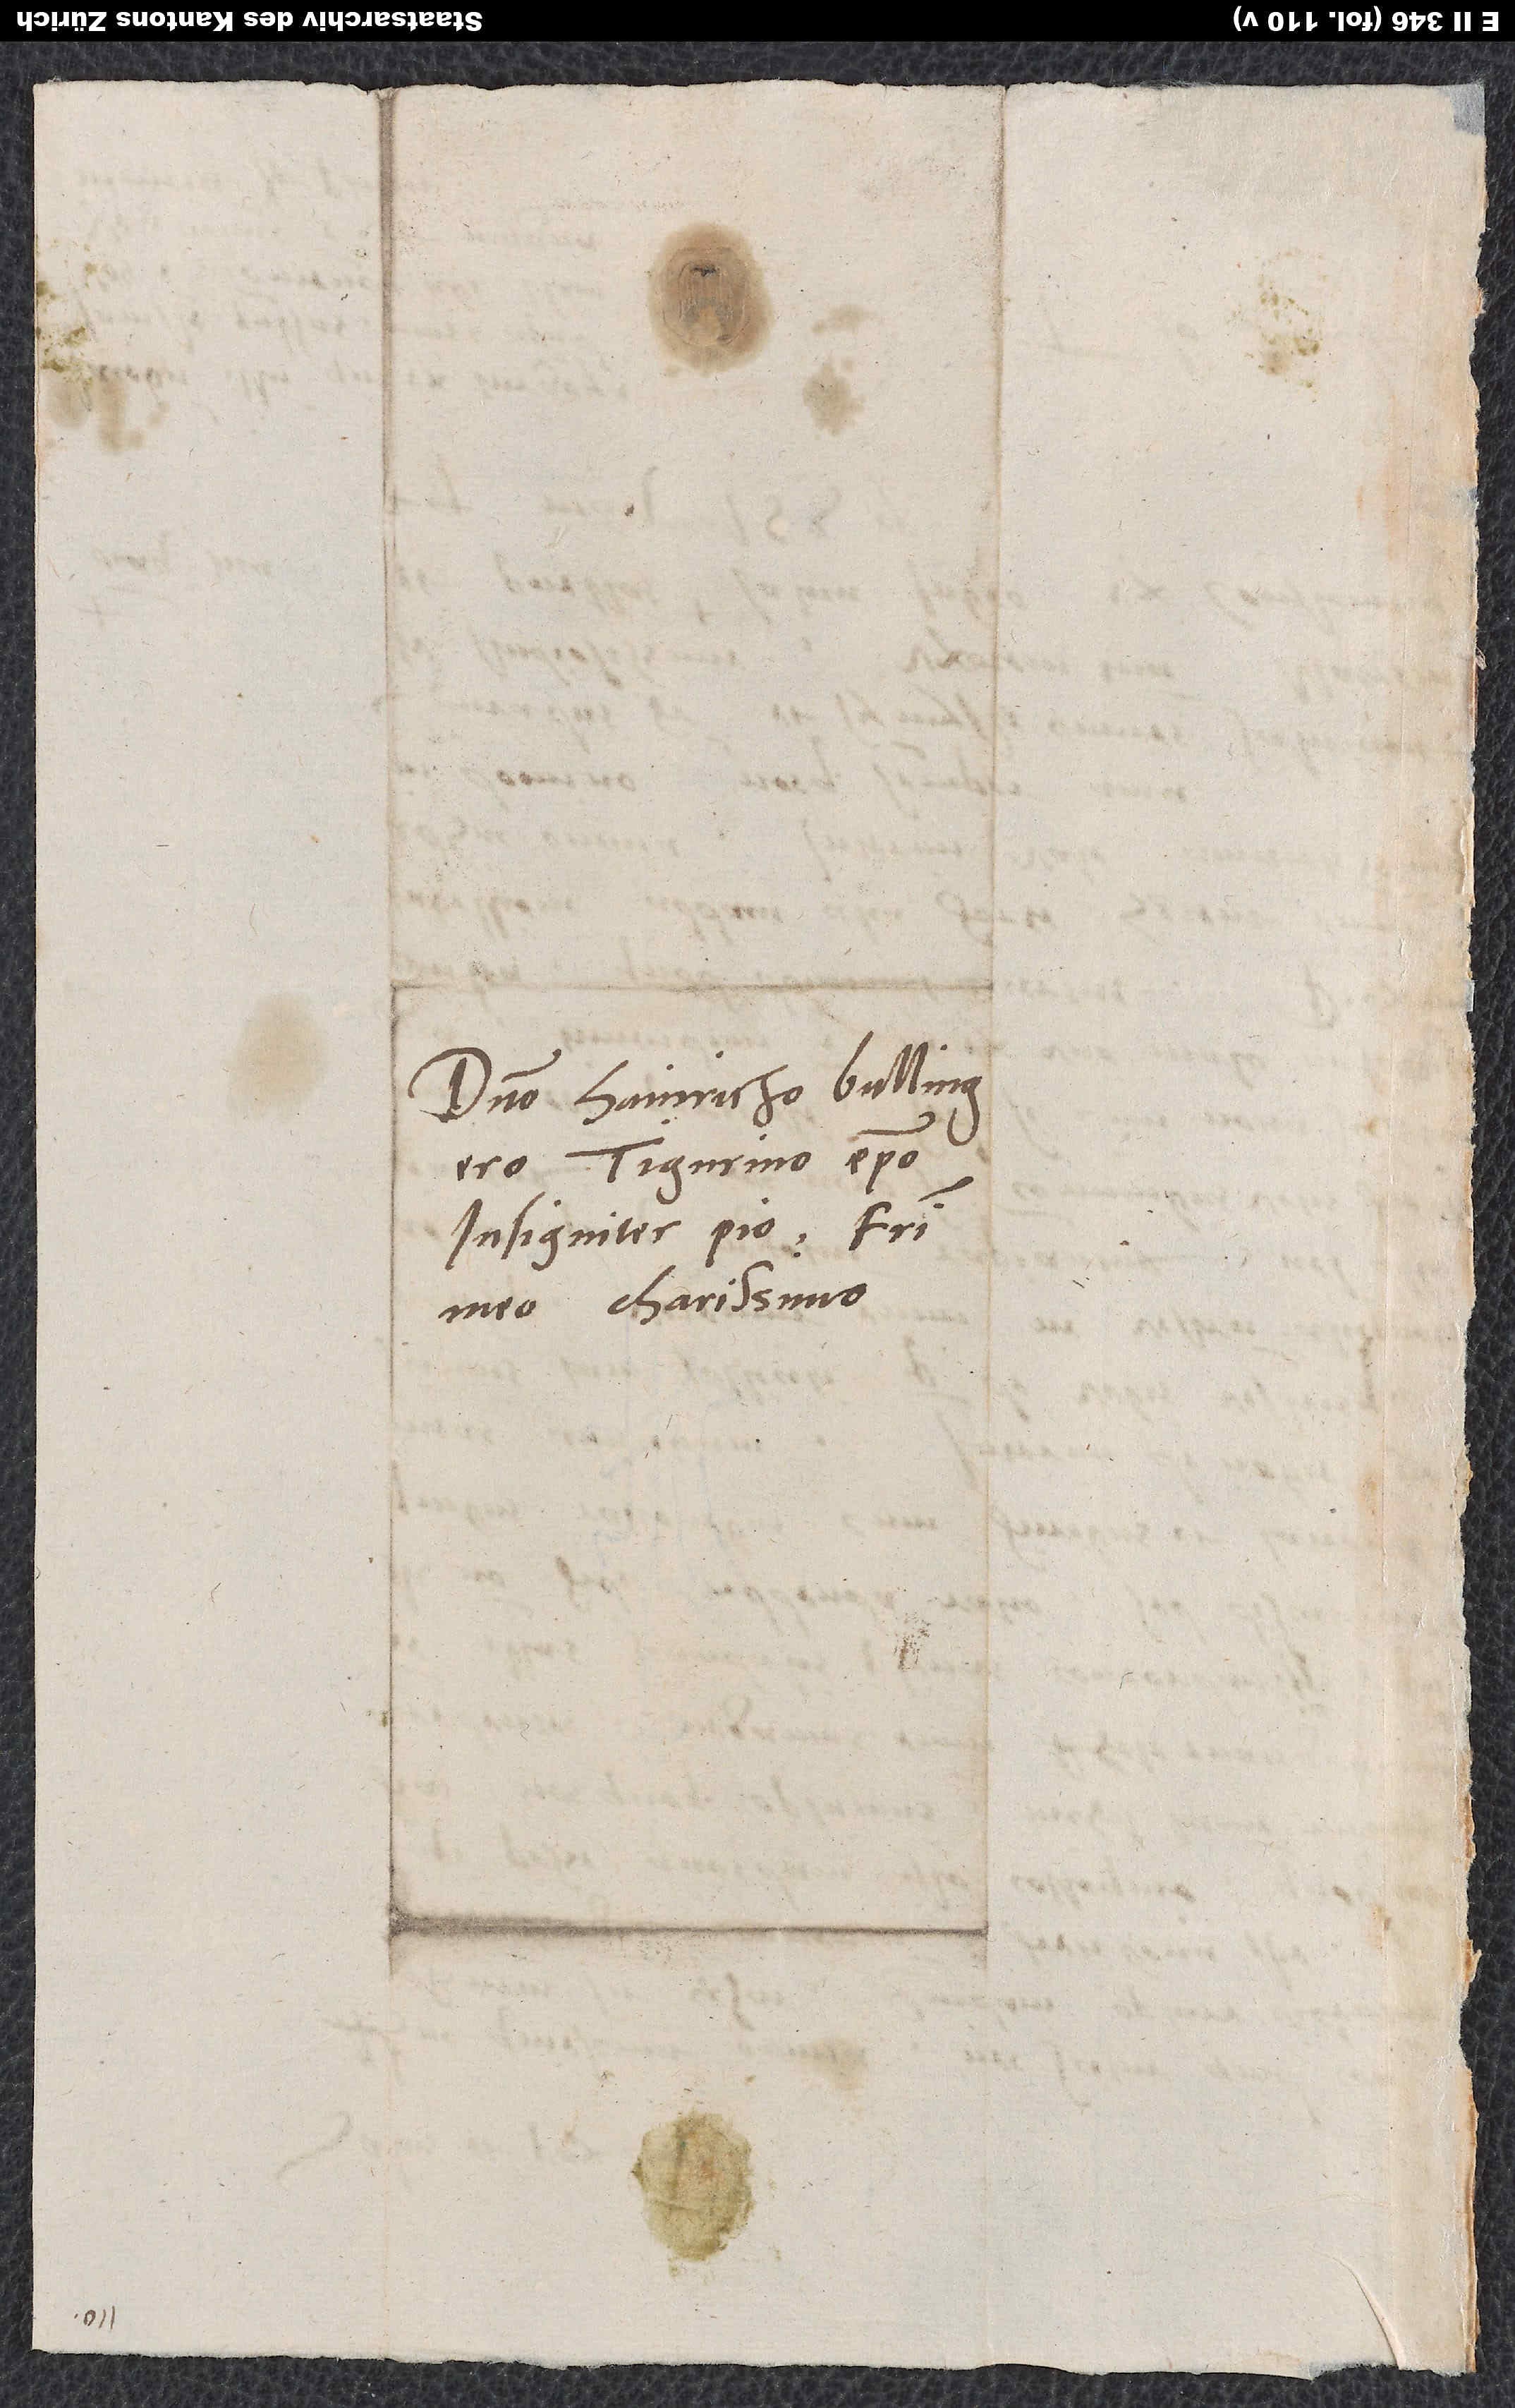
Domino Hainricho Bullingero,
Tigurino episcopo
insigniter pio, fratri
meo charissimo.